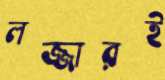
লজ্জারই